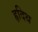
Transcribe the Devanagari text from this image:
हृदिथ